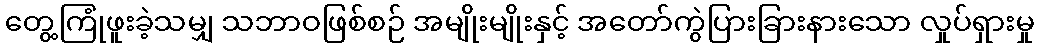
တွေ့ကြုံဖူးခဲ့သမျှ သဘာဝဖြစ်စဉ် အမျိုးမျိုးနှင့် အတော်ကွဲပြားခြားနားသော လှုပ်ရှားမှု